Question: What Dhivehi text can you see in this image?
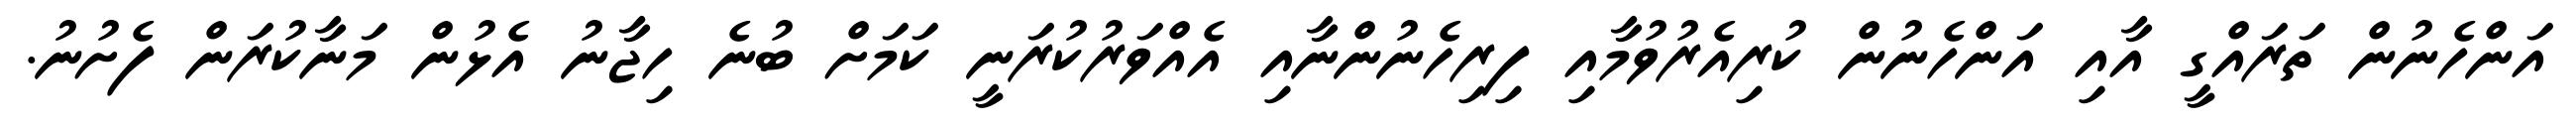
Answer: އަންހެނުން ތަރައްގީ އާއި އަންހެނުން ކުރިއެރުވުމާއި ފިރިހެނުންނާއި އެއްވަރުކުރަނީ ކަމަށް ބުނެ ހިޖާނު އެޅުން މަނާކުރަން ފެށުނު.